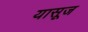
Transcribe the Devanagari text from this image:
यासूज